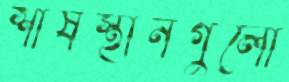
শীর্ষস্থানগুলো